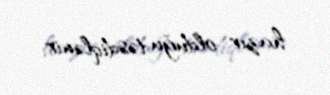
hazır olduğu təsdiqlənir.